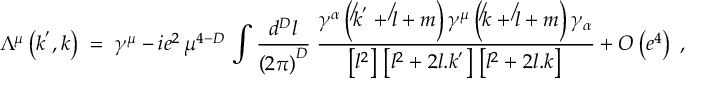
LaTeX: \Lambda ^ { \mu } \left( { k ^ { ' } , k } \right) \; = \; \gamma ^ { \mu } \; { - \, i e ^ { 2 } } \, \mu ^ { 4 - D } \, \int { { \frac { d ^ { D } l } { \left( { 2 \pi } \right) ^ { D } } } } \; { \frac { \gamma ^ { \alpha } \left( { \not k ^ { ' } + \not l + m } \right) \gamma ^ { \mu } \left( { \not k + \not l + m } \right) \gamma _ { \alpha } } { \left[ { l ^ { 2 } } \right] \, \left[ { l ^ { 2 } + 2 l . k ^ { ' } } \right] \, \left[ { l ^ { 2 } + 2 l . k } \right] \, } } + O \left( { e ^ { 4 } } \right) \; ,